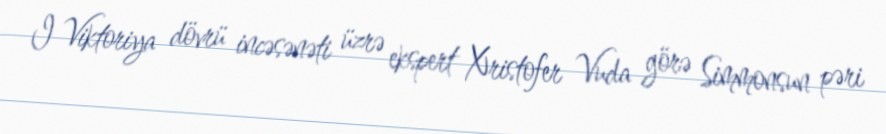
I Viktoriya dövrü incəsənəti üzrə ekspert Xristofer Vuda görə Simmonsun pəri